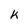
Character: K